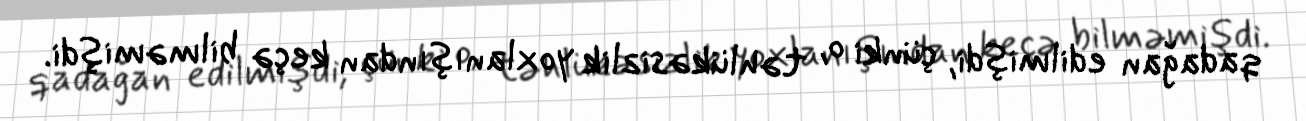
qadağan edilmişdi, çünki o, təhlükəsizlik yoxlanışından keçə bilməmişdi.